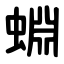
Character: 蜵